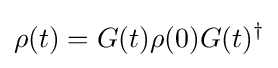
\rho (t)=G(t)\rho (0)G(t)^{\dagger }